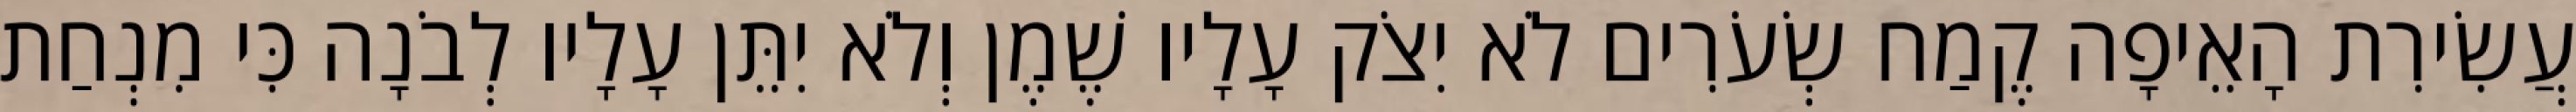
עֲשִׂירִת הָאֵיפָה קֶמַח שְׂעֹרִים לֹא יִצֹק עָלָיו שֶׁמֶן וְלֹא יִתֵּן עָלָיו לְבֹנָה כִּי מִנְחַת